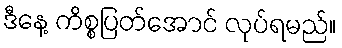
ဒီနေ့ ကိစ္စပြတ်အောင် လုပ်ရမည်။